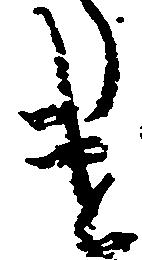
け